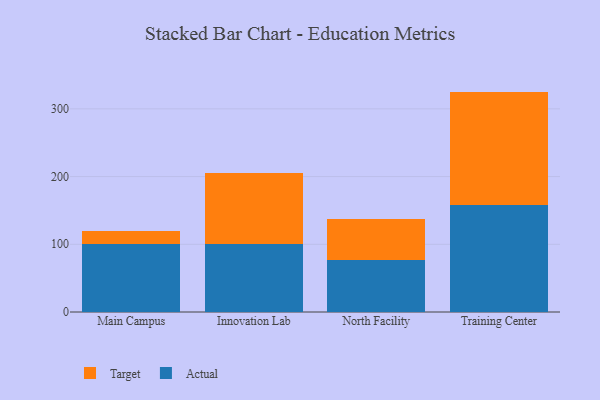
{"axis": {"x": "Campus", "y": "Market Share (%)"}, "legend": ["Actual", "Target"], "data": [{"x": "Main Campus", "y": 100.5, "type": "Actual"}, {"x": "Main Campus", "y": 19.0, "type": "Target"}, {"x": "Innovation Lab", "y": 100.0, "type": "Actual"}, {"x": "Innovation Lab", "y": 105.6, "type": "Target"}, {"x": "North Facility", "y": 76.5, "type": "Actual"}, {"x": "North Facility", "y": 61.3, "type": "Target"}, {"x": "Training Center", "y": 158.7, "type": "Actual"}, {"x": "Training Center", "y": 166.8, "type": "Target"}]}